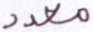
معدد